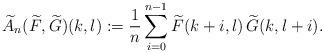
LaTeX: \begin{align*}\widetilde{A}_n(\widetilde{F},\widetilde{G})(k,l) := \frac{1}{n}\sum_{i=0}^{n-1} \widetilde{F}(k+i,l) \,\widetilde{G}(k,l+i) .\end{align*}